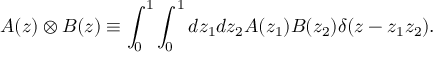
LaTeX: A ( z ) \otimes B ( z ) \equiv \int _ { 0 } ^ { 1 } \int _ { 0 } ^ { 1 } d z _ { 1 } d z _ { 2 } A ( z _ { 1 } ) B ( z _ { 2 } ) \delta ( z - z _ { 1 } z _ { 2 } ) .